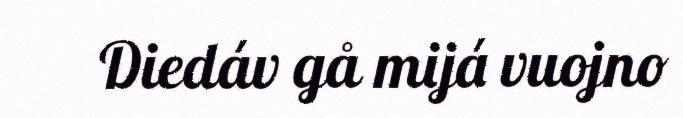
Diedáv gå mijá vuojno